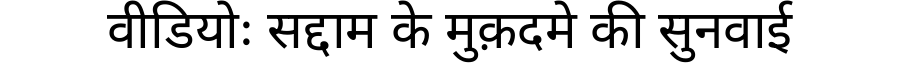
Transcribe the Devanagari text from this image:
वीडियोः सद्दाम के मुक़दमे की सुनवाई